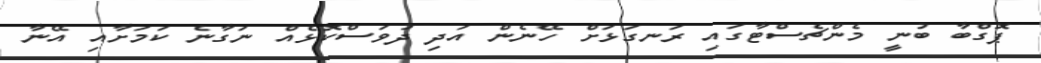
ޕޮގްބާ ބުނީ މެންޗެސްޓާގައި ރަނގަޅަށް ހޭނެން އަދި ދުވަސްކޮޅެއް ނަގާނެ ކަމަށާއި އޭނާ